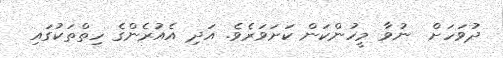
ދުވަހަށް  ނުވާ މީހުންކަން ކަށަވަރެވެ. އަދި އެއުރެންގެ ހިތްތަކުގައި